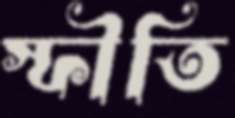
স্ফীতি